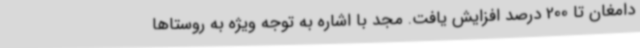
دامغان تا 200 درصد افزایش یافت. مجد با اشاره به توجه ویژه به روستاها